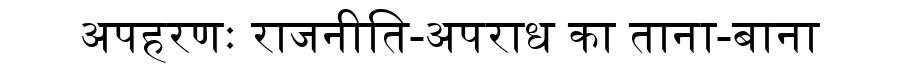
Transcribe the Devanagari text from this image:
अपहरणः राजनीति-अपराध का ताना-बाना